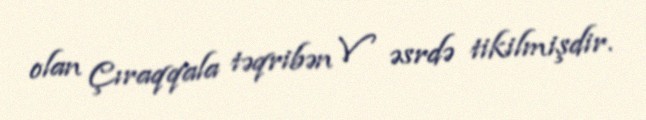
olan Çıraqqala təqribən V əsrdə tikilmişdir.